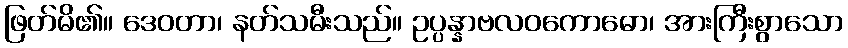
ဖြတ်မိ၏။ ဒေဝတာ၊ နတ်သမီးသည်။ ဥပ္ပန္နာဗလဝကောဓော၊ အားကြီးစွာသော